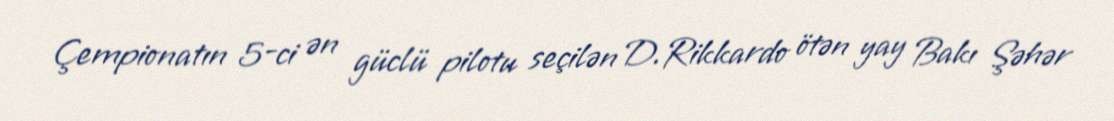
Çempionatın 5-ci ən güclü pilotu seçilən D.Rikkardo ötən yay Bakı Şəhər